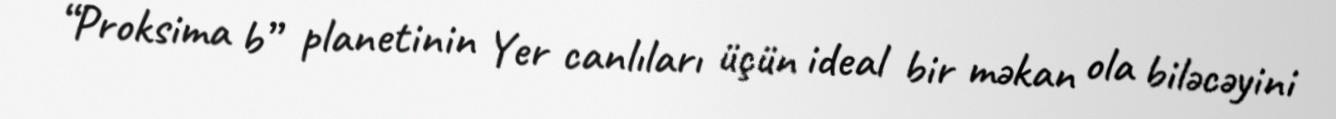
“Proksima b” planetinin Yer canlıları üçün ideal bir məkan ola biləcəyini